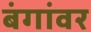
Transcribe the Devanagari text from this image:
बंगांवर